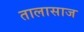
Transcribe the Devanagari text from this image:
तालासाज